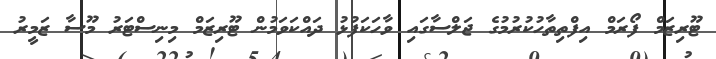
ޓޫރިޒަމް ފޯރަމް އިފްތިތާހުކުރުމުގެ ޖަލްސާގައި ވާހަކަފުޅު ދައްކަވަމުން ޓޫރިޒަމް މިނިސްޓަރު މޫސާ ޒަމީރު